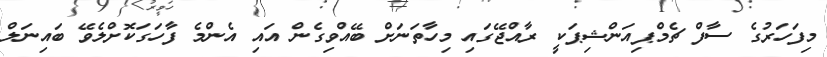
މިފަހަރުގެ ސާފް ޗެމްޕިއަންޝިޕަކީ ރާއްޖޭގައި މިހާތަނަށް ބޭއްވިގެން އައި އެންމެ ފާހަގަކޮށްލެވޭ ބައިނަލް